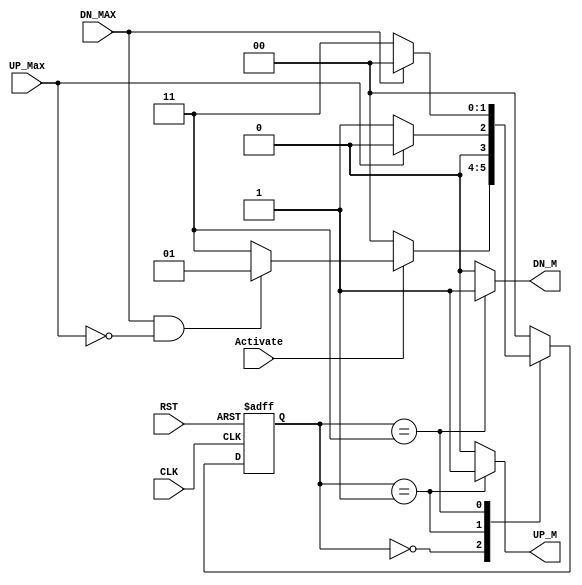
module Automatic_Garag_Door_Controller (
  input wire UP_Max ,
  input wire DN_MAX ,
  input wire Activate,
  input wire CLK ,
  input wire RST ,
  output reg UP_M ,
  output reg DN_M
  );
  
  localparam [1:0]
  IDLE = 2'b00, // UP_M =0 , DN_M =0
  Mv_Up = 2'b01,// UP_M =1 , DN_M =0
  Mv_Dn = 2'b11;// UP_M =0 , DN_M =1
  
  
  reg [1:0] current_state , next_state;
  
  //########### state Transition ######################
  
  always @(posedge CLK or negedge RST)
  begin 
    if (!RST)
      current_state <=IDLE;
    else
      current_state <= next_state;
    end
    
  //############# next state logic ################
  
  always @(*)
  case (current_state)
  IDLE : begin
    if (!Activate)
      begin
        next_state = IDLE;
      end
    else 
      begin
        if ( DN_MAX && !UP_Max )
          next_state = Mv_Up;
        else
          next_state = Mv_Dn;
        end
      end

Mv_Up : begin
  if ( UP_Max )
    next_state = IDLE;
  else
    next_state = Mv_Up;
  end

Mv_Dn : begin 
  if ( DN_MAX )
    next_state = IDLE;
  else
    next_state = Mv_Dn;
  end
  default :   next_state = IDLE ;
  endcase

//#################################################

always @(*)
case (current_state )
  IDLE : begin
    UP_M =1'b0;
    DN_M =1'b0;
  end
  
Mv_Up : begin
  UP_M =1'b1;
  DN_M =1'b0;
end

Mv_Dn : begin
  UP_M =1'b0;
  DN_M =1'b1;
end

default :  
begin
 UP_M =1'b0;
 DN_M =1'b0;
 end
 
endcase
endmodule